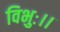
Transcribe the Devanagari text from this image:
विभुः।।